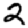
Digit: 2